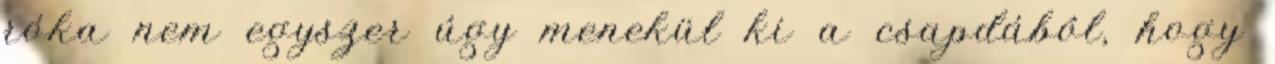
róka nem egyszer úgy menekül ki a csapdából, hogy